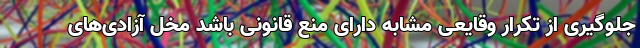
جلوگیری از تکرار وقایعی مشابه دارای منع قانونی باشد مخل آزادی‌های